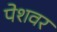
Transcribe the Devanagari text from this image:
पेशवर